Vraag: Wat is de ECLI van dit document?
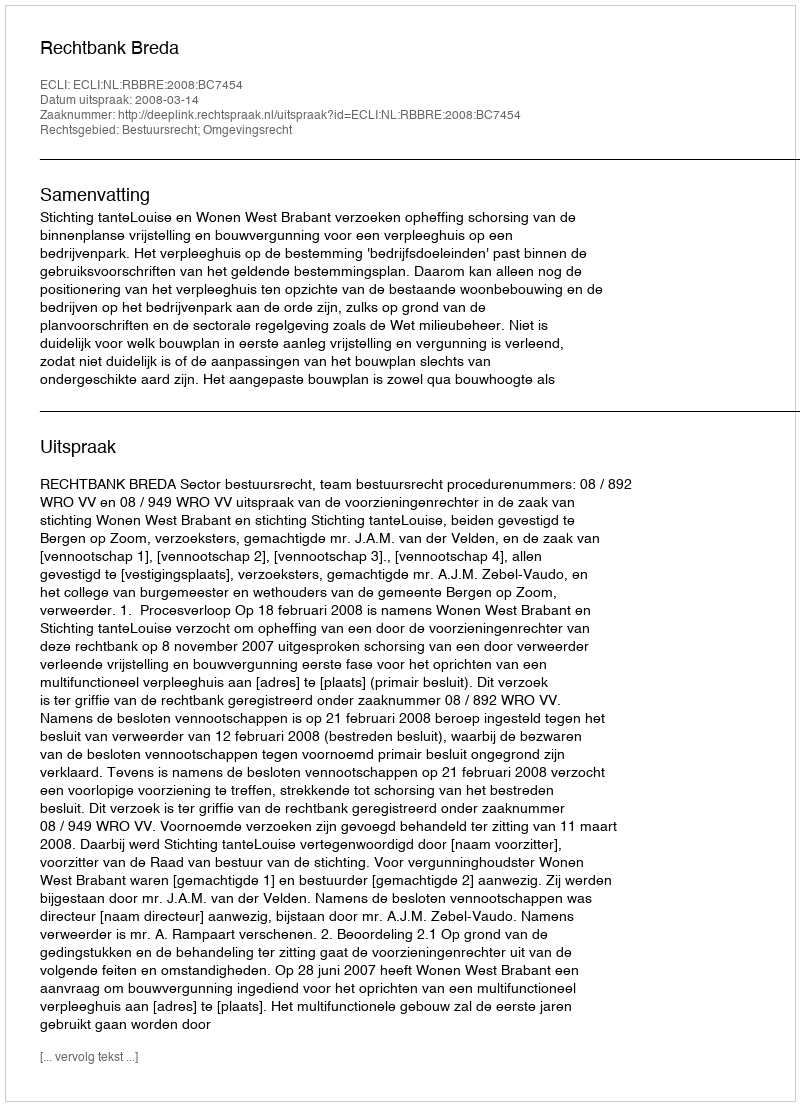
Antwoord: ECLI:NL:RBBRE:2008:BC7454